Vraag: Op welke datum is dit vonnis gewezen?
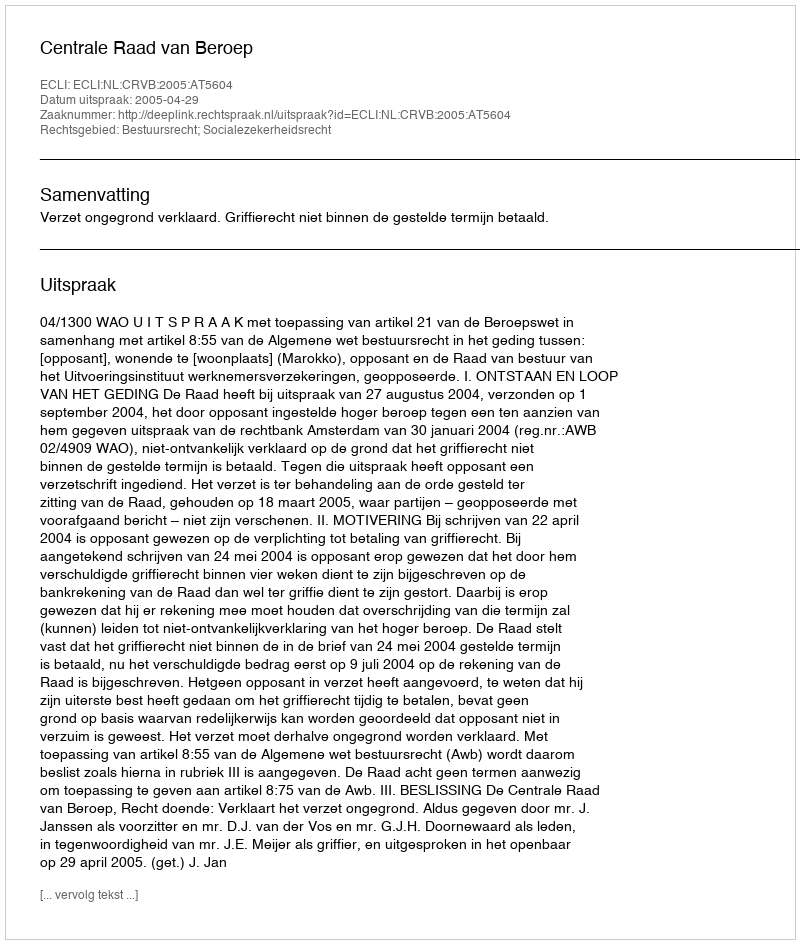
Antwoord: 2005-04-29